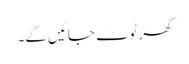
گھر ٹوٹ جائیں گے۔